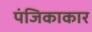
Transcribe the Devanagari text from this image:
पंजिकाकार